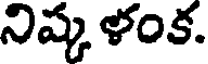
నిష్క ళంక.